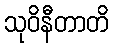
သုဝိနီတာတိ